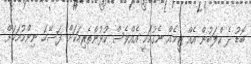
ބޮޑު ދެ ކްލަބުން އެއް ޓީމެއް ނެގުމަކީ އެއްވެސް ކުޅުންތެރިއަކަަށް ފަސޭހަ ނިންމުމަކަށް